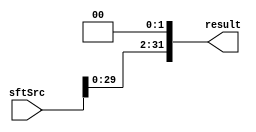
module Shift_Left2( result, sftSrc );

//I/O ports 
output	[32-1:0] result;

input	[32-1:0] sftSrc ;

//Internal Signals
wire	[32-1:0] result;
  
//Main function
/*your code here*/
assign result = sftSrc<<2;

endmodule